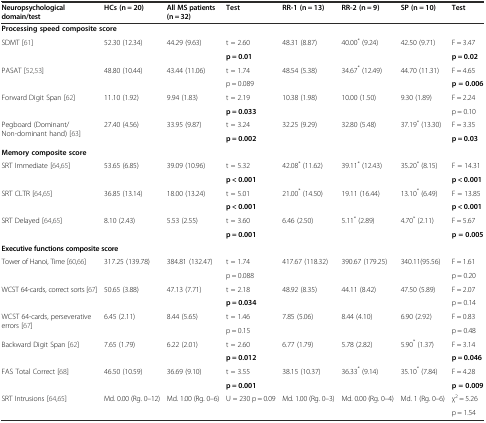
<table><thead><tr><td><b>Neuropsychological domain/test</b></td><td><b>HCs (n = 20)</b></td><td><b>All MS patients (n = 32)</b></td><td><b>Test</b></td><td><b>RR-1 (n = 13)</b></td><td><b>RR-2 (n = 9)</b></td><td><b>SP (n = 10)</b></td><td><b>Test</b></td></tr></thead><tbody><tr><td colspan="8"><b>Processing speed composite score</b></td></tr><tr><td rowspan="2">SDMT [61]</td><td rowspan="2">52.30 (12.34)</td><td rowspan="2">44.29 (9.63)</td><td>t = 2.60</td><td rowspan="2">48.31 (8.87)</td><td rowspan="2">40.00<sup>*</sup> (9.24)</td><td rowspan="2">42.50 (9.71)</td><td>F = 3.47</td></tr><tr><td><b>p = 0.01</b></td><td><b>p = 0.02</b></td></tr><tr><td rowspan="2">PASAT [52,53]</td><td rowspan="2">48.80 (10.44)</td><td rowspan="2">43.44 (11.06)</td><td>t = 1.74</td><td rowspan="2">48.54 (5.38)</td><td rowspan="2">34.67<sup>*</sup> (12.49)</td><td rowspan="2">44.70 (11.31)</td><td>F = 4.65</td></tr><tr><td>p = 0.089</td><td><b>p = 0.006</b></td></tr><tr><td rowspan="2">Forward Digit Span [62]</td><td rowspan="2">11.10 (1.92)</td><td rowspan="2">9.94 (1.83)</td><td>t = 2.19</td><td rowspan="2">10.38 (1.98)</td><td rowspan="2">10.00 (1.50)</td><td rowspan="2">9.30 (1.89)</td><td>F = 2.24</td></tr><tr><td><b>p = 0.033</b></td><td>p = 0.10</td></tr><tr><td rowspan="2">Pegboard (Dominant/Non-dominant hand) [63]</td><td rowspan="2">27.40 (4.56)</td><td rowspan="2">33.95 (9.87)</td><td>t = 3.24</td><td rowspan="2">32.25 (9.29)</td><td rowspan="2">32.80 (5.48)</td><td rowspan="2">37.19<sup>*</sup> (13.30)</td><td>F = 3.35</td></tr><tr><td><b>p = 0.002</b></td><td><b>p = 0.03</b></td></tr><tr><td colspan="8"><b>Memory composite score</b></td></tr><tr><td rowspan="2">SRT Immediate [64,65]</td><td rowspan="2">53.65 (6.85)</td><td rowspan="2">39.09 (10.96)</td><td>t = 5.32</td><td rowspan="2">42.08<sup>*</sup> (11.62)</td><td rowspan="2">39.11<sup>*</sup> (12.43)</td><td rowspan="2">35.20<sup>*</sup> (8.15)</td><td>F = 14.31</td></tr><tr><td><b>p &lt; 0.001</b></td><td><b>p &lt; 0.001</b></td></tr><tr><td rowspan="2">SRT CLTR [64,65]</td><td rowspan="2">36.85 (13.14)</td><td rowspan="2">18.00 (13.24)</td><td>t = 5.01</td><td rowspan="2">21.00<sup>*</sup> (14.50)</td><td rowspan="2">19.11 (16.44)</td><td rowspan="2">13.10<sup>*</sup> (6.49)</td><td>F = 13.85</td></tr><tr><td><b>p &lt; 0.001</b></td><td><b>p &lt; 0.001</b></td></tr><tr><td rowspan="2">SRT Delayed [64,65]</td><td rowspan="2">8.10 (2.43)</td><td rowspan="2">5.53 (2.55)</td><td>t = 3.60</td><td rowspan="2">6.46 (2.50)</td><td rowspan="2">5.11<sup>*</sup> (2.89)</td><td rowspan="2">4.70<sup>*</sup> (2.11)</td><td>F = 5.67</td></tr><tr><td><b>p = 0.001</b></td><td><b>p = 0.005</b></td></tr><tr><td colspan="8"><b>Executive functions composite score</b></td></tr><tr><td rowspan="2">Tower of Hanoi, Time [60,66]</td><td rowspan="2">317.25 (139.78)</td><td rowspan="2">384.81 (132.47)</td><td>t = 1.74</td><td rowspan="2">417.67 (118.32)</td><td rowspan="2">390.67 (179.25)</td><td rowspan="2">340.11(95.56)</td><td>F = 1.61</td></tr><tr><td>p = 0.088</td><td>p = 0.20</td></tr><tr><td rowspan="2">WCST 64-cards, correct sorts [67]</td><td rowspan="2">50.65 (3.88)</td><td rowspan="2">47.13 (7.71)</td><td>t = 2.18</td><td rowspan="2">48.92 (8.35)</td><td rowspan="2">44.11 (8.42)</td><td rowspan="2">47.50 (5.89)</td><td>F = 2.07</td></tr><tr><td><b>p = 0.034</b></td><td>p = 0.14</td></tr><tr><td rowspan="2">WCST 64-cards, perseverative errors [67]</td><td rowspan="2">6.45 (2.11)</td><td rowspan="2">8.44 (5.65)</td><td>t = 1.46</td><td rowspan="2">7.85 (5.06)</td><td rowspan="2">8.44 (4.10)</td><td rowspan="2">6.90 (2.92)</td><td>F = 0.83</td></tr><tr><td>p = 0.15</td><td>p = 0.48</td></tr><tr><td rowspan="2">Backward Digit Span [62]</td><td rowspan="2">7.65 (1.79)</td><td rowspan="2">6.22 (2.01)</td><td>t = 2.60</td><td rowspan="2">6.77 (1.79)</td><td rowspan="2">5.78 (2.82)</td><td rowspan="2">5.90<sup>*</sup> (1.37)</td><td>F = 3.14</td></tr><tr><td><b>p = 0.012</b></td><td><b>p = 0.046</b></td></tr><tr><td rowspan="2">FAS Total Correct [68]</td><td>46.50 (10.59)</td><td>36.69 (9.10)</td><td>t = 3.55</td><td>38.15 (10.37)</td><td>36.33<sup>*</sup> (9.14)</td><td>35.10<sup>*</sup> (7.84)</td><td>F = 4.28</td></tr><tr><td></td><td></td><td><b>p = 0.001</b></td><td></td><td></td><td></td><td><b>p = 0.009</b></td></tr><tr><td rowspan="2">SRT Intrusions [64,65]</td><td rowspan="2">Md. 0.00 (Rg. 0–12)</td><td rowspan="2">Md. 1.00 (Rg. 0–6)</td><td rowspan="2">U = 230 p = 0.09</td><td rowspan="2">Md. 1.00 (Rg. 0–3)</td><td rowspan="2">Md. 0.00 (Rg. 0–4)</td><td rowspan="2">Md. 1 (Rg. 0–6)</td><td>χ<sup>2</sup> = 5.26</td></tr><tr><td>p = 1.54</td></tr></tbody></table>